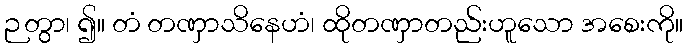
ဉတွာ၊ ၍။ တံ တဏှာသိနေဟံ၊ ထိုတဏှာတည်းဟူသော အစေးကို။